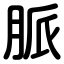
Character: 脈